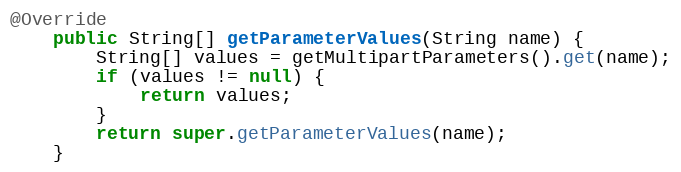
Language: Java
@Override
    public String[] getParameterValues(String name) {
        String[] values = getMultipartParameters().get(name);
        if (values != null) {
            return values;
        }
        return super.getParameterValues(name);
    }